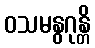
ဝသမနွဂုန္တိ